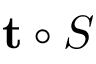
\mathbf t \circ S